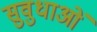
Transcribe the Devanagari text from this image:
सुवुधाओं